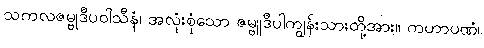
သကလဇမ္ဗုဒီပဝါသီနံ၊ အလုံးစုံသော ဇမ္ဗူဒီပါကျွန်းသားတို့အား။ ကဟာပဏံ၊